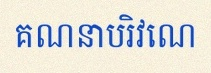
គណនាបរិវេណ